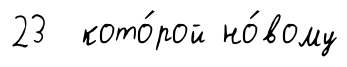
23 кото́рой но́вому